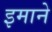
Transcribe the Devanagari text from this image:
इमाने